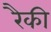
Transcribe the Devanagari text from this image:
रैकी